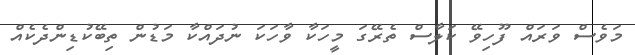
މަވެސް ވަރައް ފޫހިވޭ ކަލާސް ތެރޭގަ މީހަކާ ވާހަކަ ނުދައްކާ މަޑުން ތިބޭކުޑިންދެކެއް